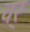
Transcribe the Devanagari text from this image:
चर्